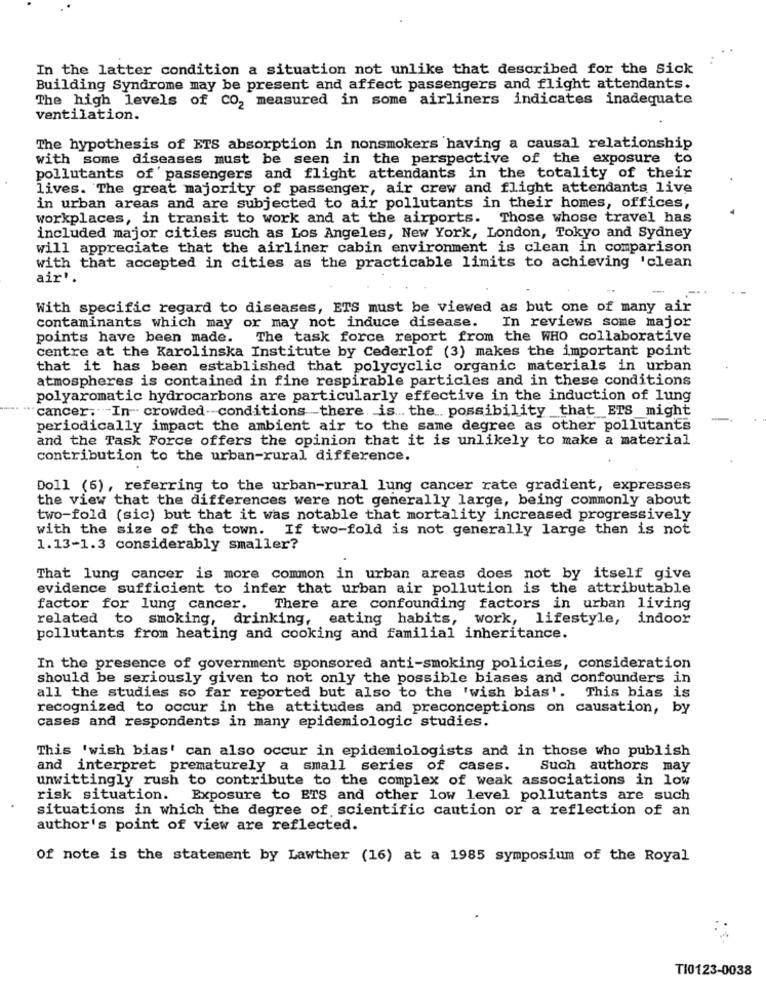
In the latter condition a situation not unlike that described for the Sick
Building Syndrome may be present and affect passengers and flight attendants.
The high levels of CO2 measured in some airliners indicates inadequate
ventilation.
The hypothesis of ETS absorption in nonsmokers having a causal relationship
with some diseases must be seen in the perspective of the exposure to
pollutants of passengers and flight attendants in the totality of their
lives. The great majority of passenger, air crew and flight attendants live
in urban areas and are subjected to air pollutants in their homes, offices,
workplaces, in transit to work and at the airports. Those whose travel has
included major cities such as Los Angeles, New York, London, Tokyo and Sydney
will appreciate that the airliner cabin environment is clean in comparison
with that accepted in cities as the practicable limits to achieving 'clean
air'.
With specific regard to diseases, ETS must be viewed as but one of many air
In reviews some major
contaminants which may or may not induce disease.
points have been made. The task force report from the WHO collaborative
centre at the Karolinska Institute by Cederlof (3) makes the important point
that it has been established that polycyclic organic materials in urban
atmospheres is contained in fine respirable particles and in these conditions
polyaromatic hydrocarbons are particularly effective in the induction of lung
cancer. - In- crowded-conditions -there is ... the possibility that ETS might
periodically impact the ambient air to the same degree as other pollutants
and the Task Force offers the opinion that it is unlikely to make a material
contribution to the urban-rural difference.
Doll (6), referring to the urban-rural lung cancer rate gradient, expresses
the view that the differences were not generally large, being commonly about
two-fold (sic) but that it was notable that mortality increased progressively
with the size of the town. If two-fold is not generally large then is not
1.13-1.3 considerably smaller?
That lung cancer is more common in urban areas does not by itself give
evidence sufficient to infer that urban air pollution is the attributable
factor for lung cancer. There are confounding factors in urban living
related to smoking, drinking, eating habits, work, lifestyle, indoor
pollutants from heating and cooking and familial inheritance.
In the presence of government sponsored anti-smoking policies, consideration
should be seriously given to not only the possible biases and confounders in
all the studies so far reported but also to the 'wish bias'. This bias is
recognized to occur in the attitudes and preconceptions on causation, by
cases and respondents in many epidemiologic studies.
This 'wish bias' can also occur in epidemiologists and in those who publish
and interpret prematurely a small series of cases.
Such authors may
unwittingly rush to contribute to the complex of weak associations in low
risk situation. Exposure to ETS and other low level pollutants are such
situations in which the degree of scientific caution or a reflection of an
author's point of view are reflected.
Of note is the statement by Lawther (16) at a 1985 symposium of the Royal
TI0123-0038